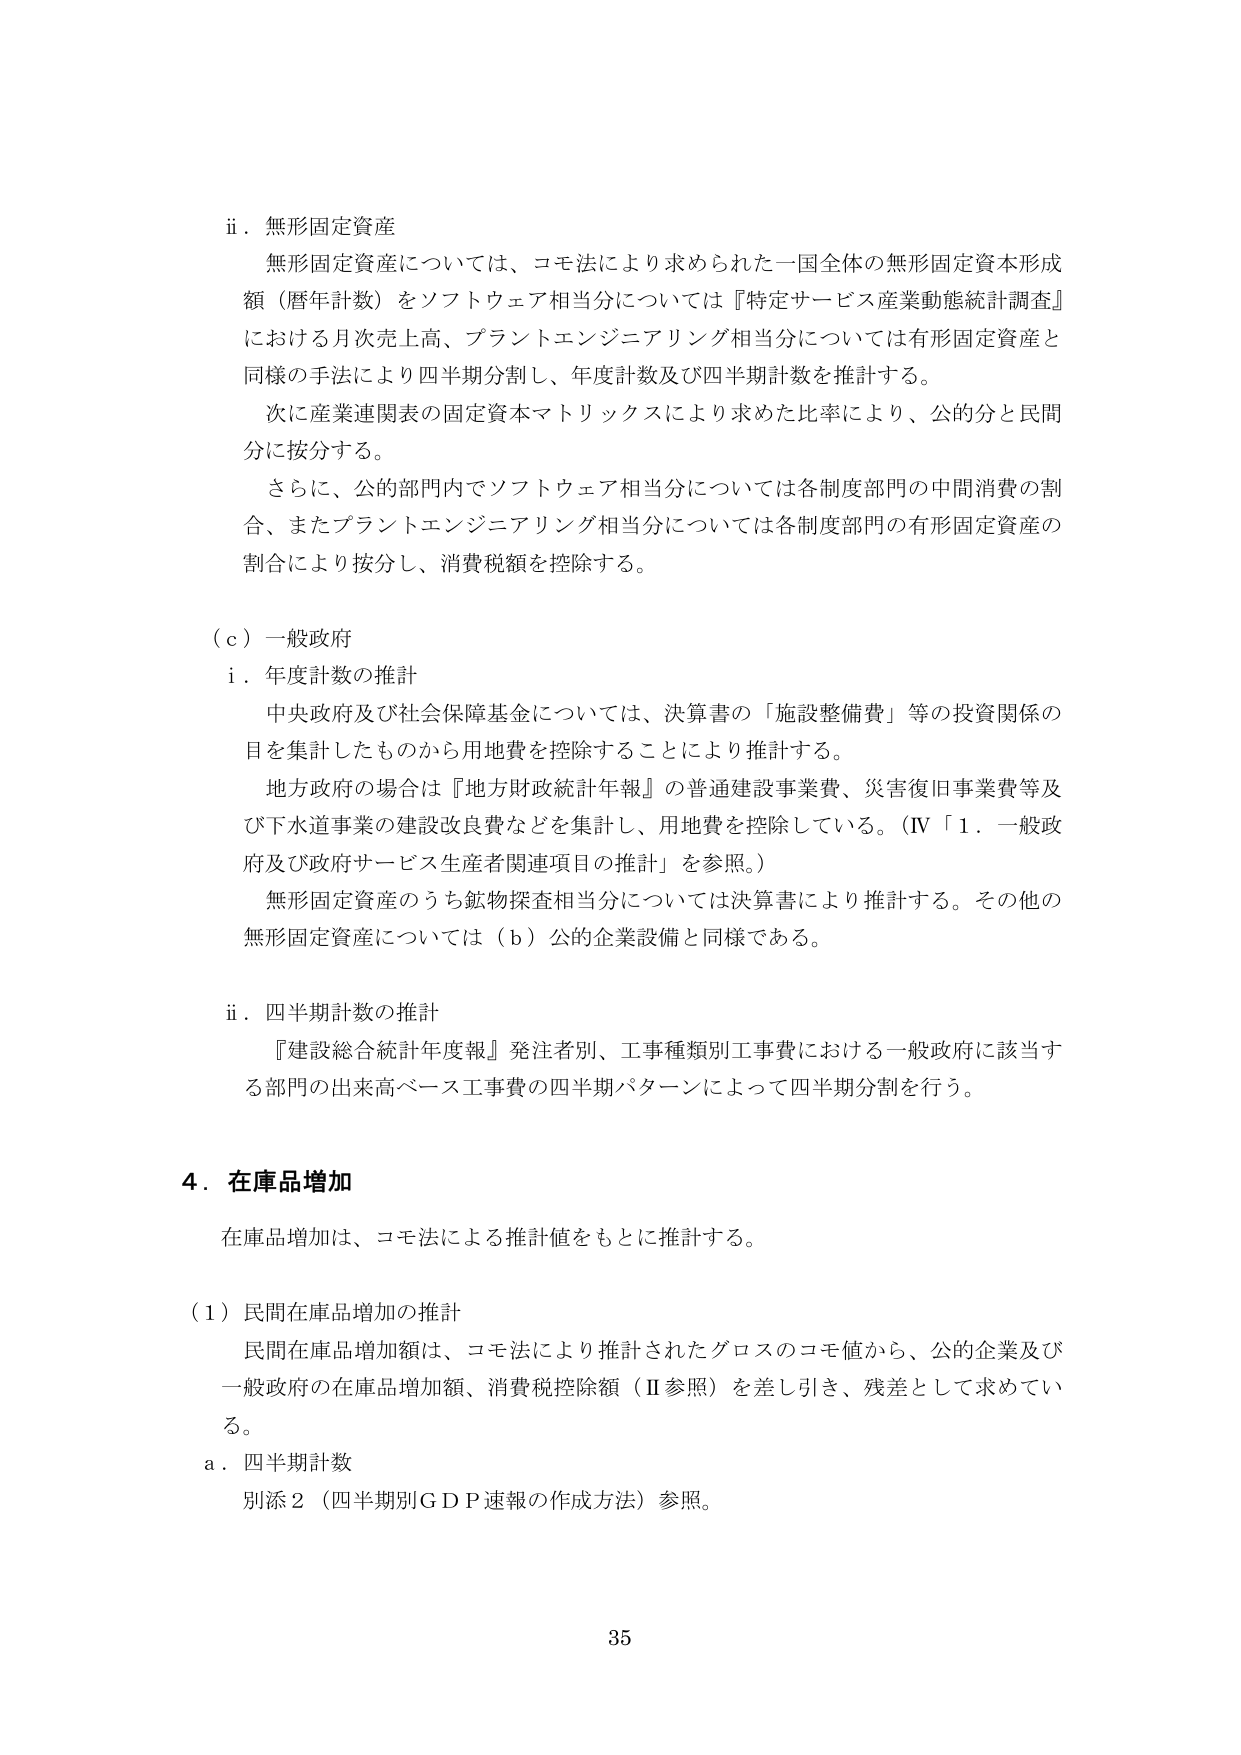
ii．無形固定資産
無形固定資産については、コモ法により求められた一国全体の無形固定資本形成額（暦年計数）をソフトウェア相当分については『特定サービス産業動態統計調査』における月次売上高、プラントエンジニアリング相当分については有形固定資産と同様の手法により四半期分割し、年度計数及び四半期計数を推計する。
次に産業連関表の固定資本マトリックスにより求めた比率により、公的分と民間分に按分する。
さらに、公的部門内でソフトウェア相当分については各制度部門の中間消費の割合、またプラントエンジニアリング相当分については各制度部門の有形固定資産の割合により按分し、消費税額を控除する。

（ｃ）一般政府
i．年度計数の推計
中央政府及び社会保障基金については、決算書の「施設整備費」等の投資関係の目を集計したものから用地費を控除することにより推計する。
地方政府の場合は『地方財政統計年報』の普通建設事業費、災害復旧事業費等及び下水道事業の建設改良費などを集計し、用地費を控除している。（IV「1．一般政府及び政府サービス生産者関連項目の推計」を参照。）
無形固定資産のうち鉱物探査相当分については決算書により推計する。その他の無形固定資産については（ｂ）公的企業設備と同様である。

ii．四半期計数の推計
『建設総合統計年度報』発注者別、工事種類別工事費における一般政府に該当する部門の出来高ベース工事費の四半期パターンによって四半期分割を行う。

4．在庫品増加
在庫品増加は、コモ法による推計値をもとに推計する。

（1）民間在庫品増加の推計
民間在庫品増加額は、コモ法により推計されたグロスのコモ値から、公的企業及び一般政府の在庫品増加額、消費税控除額（Ⅱ参照）を差し引き、残差として求めている。
a．四半期計数
別添2（四半期別GDP速報の作成方法）参照。

35